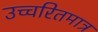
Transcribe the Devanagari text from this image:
उच्चरितमात्र